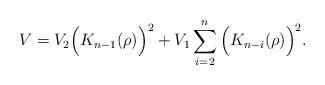
LaTeX: \begin{align*}V= V_2\Big(K_{n-1}(\rho)\Big)^2 + V_1 \sum_{i=2}^n \Big(K_{n-i}(\rho)\Big)^2.\end{align*}